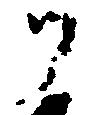
ツ